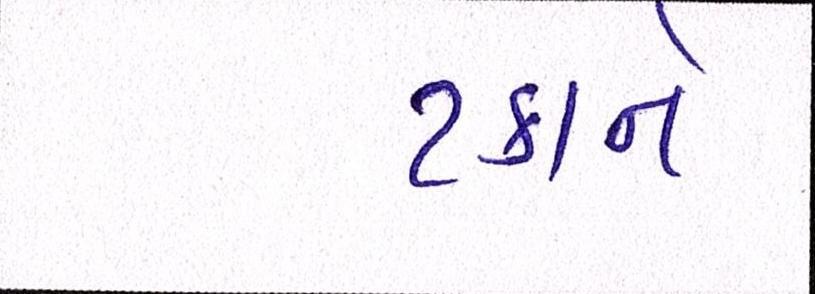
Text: ટકાને